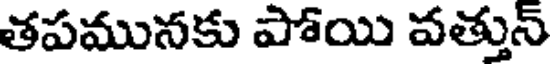
తపమునకు పోయి వత్తున్